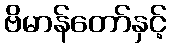
ဗိမာန်တော်နှင့်